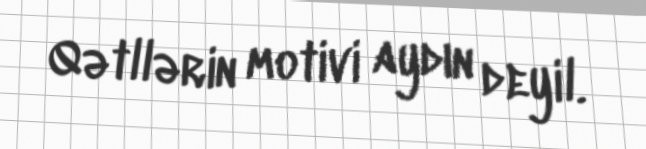
Qətllərin motivi aydın deyil.